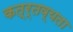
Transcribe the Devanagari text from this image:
कत्र्तव्यता